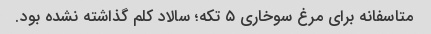
متاسفانه برای مرغ سوخاری ۵ تکه؛ سالاد کلم گذاشته نشده بود.